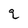
Character: q